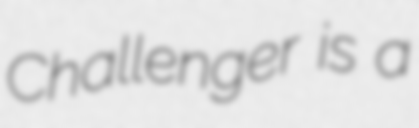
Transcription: Challenger is a